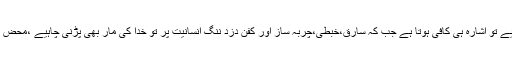
اصل مسئلہ یہ ہے کہ عقل مند کے لیے تو اشارہ ہی کافی ہوتا ہے جب کہ سارق،خبطی،چربہ ساز اور کفن دزد ننگ انسانیت پر تو خدا کی مار بھی پڑنی چاہیے ،محض انسانوں کی زجر و تو بیخ کافی نہیں۔